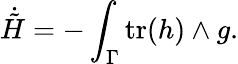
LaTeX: \dot{\tilde{H}}=-\int_{\Gamma}\mathrm{tr}(h)\wedge g.